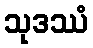
သုဒဿံ